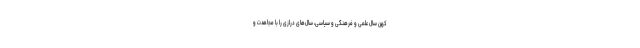
کهن‌ سال‌ علمی‌ و فرهنگی‌ و سیاسی، سال‌های‌ درازی‌ را با مجاهدت‌ و